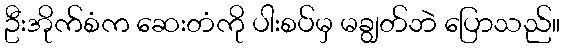
ဦးအိုက်စံက ဆေးတံကို ပါးစပ်မှ မချွတ်ဘဲ ပြောသည်။